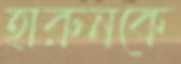
হারুনকে